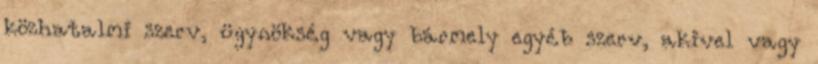
közhatalmi szerv, ügynökség vagy bármely egyéb szerv, akivel vagy